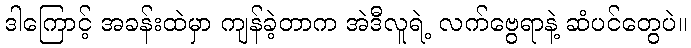
ဒါကြောင့် အခန်းထဲမှာ ကျန်ခဲ့တာက အဲဒီလူရဲ့ လက်ဗွေရာနဲ့ ဆံပင်တွေပဲ။